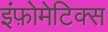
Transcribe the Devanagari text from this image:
इंफ़ोमेटिक्स